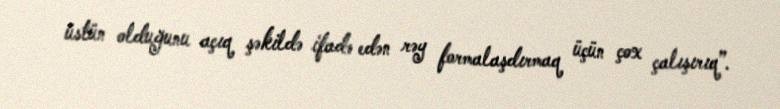
üstün olduğunu açıq şəkildə ifadə edən rəy formalaşdırmaq üçün çox çalışırıq”.